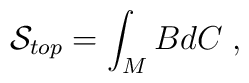
\mathcal{S}_{top}=\int_MBdC\;,